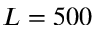
L = 5 0 0